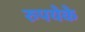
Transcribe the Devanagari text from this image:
रुपयेके